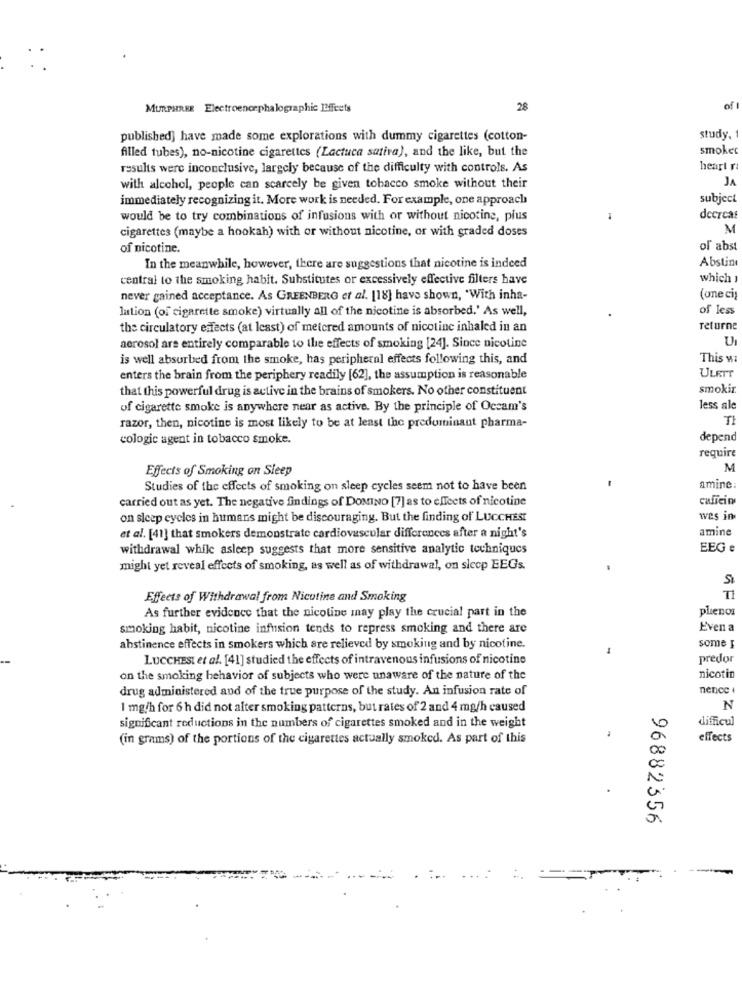
MURPHREE Electroencephalographic Effects
28
of
published] have made some explorations with dummy cigarettes (cotton-
study, 1
filled tubes), no-nicotine cigarettes (Lactuca satira), and the like, but the
smoket
results were inconclusive, largely because of the difficulty with controls. As
heart ri
JA
with alcohol, people can scarcely be given tobacco smoke without their
immediately recognizing it. More work is needed. For example, one approach
subject
would be to try combinations of infusions with or without nicotine, plus
decrcas
cigarettes (maybe a hookah) with or without nicotine, or with graded doses
M
of nicotine.
of abst
Abstin
In the meanwhile, however, there are suggestions that nicotine is indeed
central to the smoking habit. Substitutes or excessively effective filters have
which 1
never gained acceptance. As GREENBERG et al. [18] have shown, 'With inha-
(one ci)
lation (of cigarette smoke) virtually all of the nicotine is absorbed.' As well,
of less
the circulatory esfacts (at least) of metcred amounts of nicotine inhaled in an
returne
UI
aerosol are entirely comparable to the effects of smoking [24]. Since nicotine
is well absorbed from the smoke, has peripheral effects following this, and
This w:
ULETT
enters the brain from the periphery readily [62], the assumption is reasonable
that this powerful drug is active in the brains of smokers. No other constituent
smokir.
of cigarette smoke is anywhere near as active. By the principle of Occam's
less ale
razor, then, nicotine is most likely to be at least the predominant pharma-
TI
cologic agent in tobacco smoke.
depend
require
Effects of Smoking on Sleep
M
-
Studies of the effects of smoking on sleep cycles seem not to have been
amine:
carried out as yet. The negative findings of DOMINO [7] as to effects of nicotine
on sleep cycles in humans might be discouraging. But the finding of LUCCHESI
was in
amine
et al. [41] that smokers demonstrate cardiovascular differences after a night's
withdrawal while asleep suggests that more sensitive analytic techniques
EEG e
might yet reveal effects of smoking, as well as of withdrawal, on sleep EEGs.
S
Effects of Withdrawal from Nicotine and Smoking
plenos
As further evidence that the nicotine may play the crucial part in the
smoking habit, nicotine infusion tends to repress smoking and there are
Even a
abstinence effects in smokers which are relieved by smoking and by nicotine.
some I
LUCCHESI et al. [41] studied the effects of intravenous infusions of nicotine
predor
on the smoking behavior of subjects who were unaware of the nature of the
nicotin
drug administered aud of the true purpose of the study. An infusion rate of
nence
1 mg/h for 6 h did not alter smoking patterns, but rates of 2 and 4 mg/h caused
N
10
difficul
significant reductions in the numbers of cigarettes smoked and in the weight
(in grams) of the portions of the cigarettes actually smoked. As part of this
effects
00
96882356